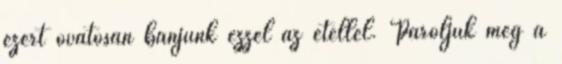
ezért óvatosan bánjunk ezzel az étellel. Pároljuk meg a